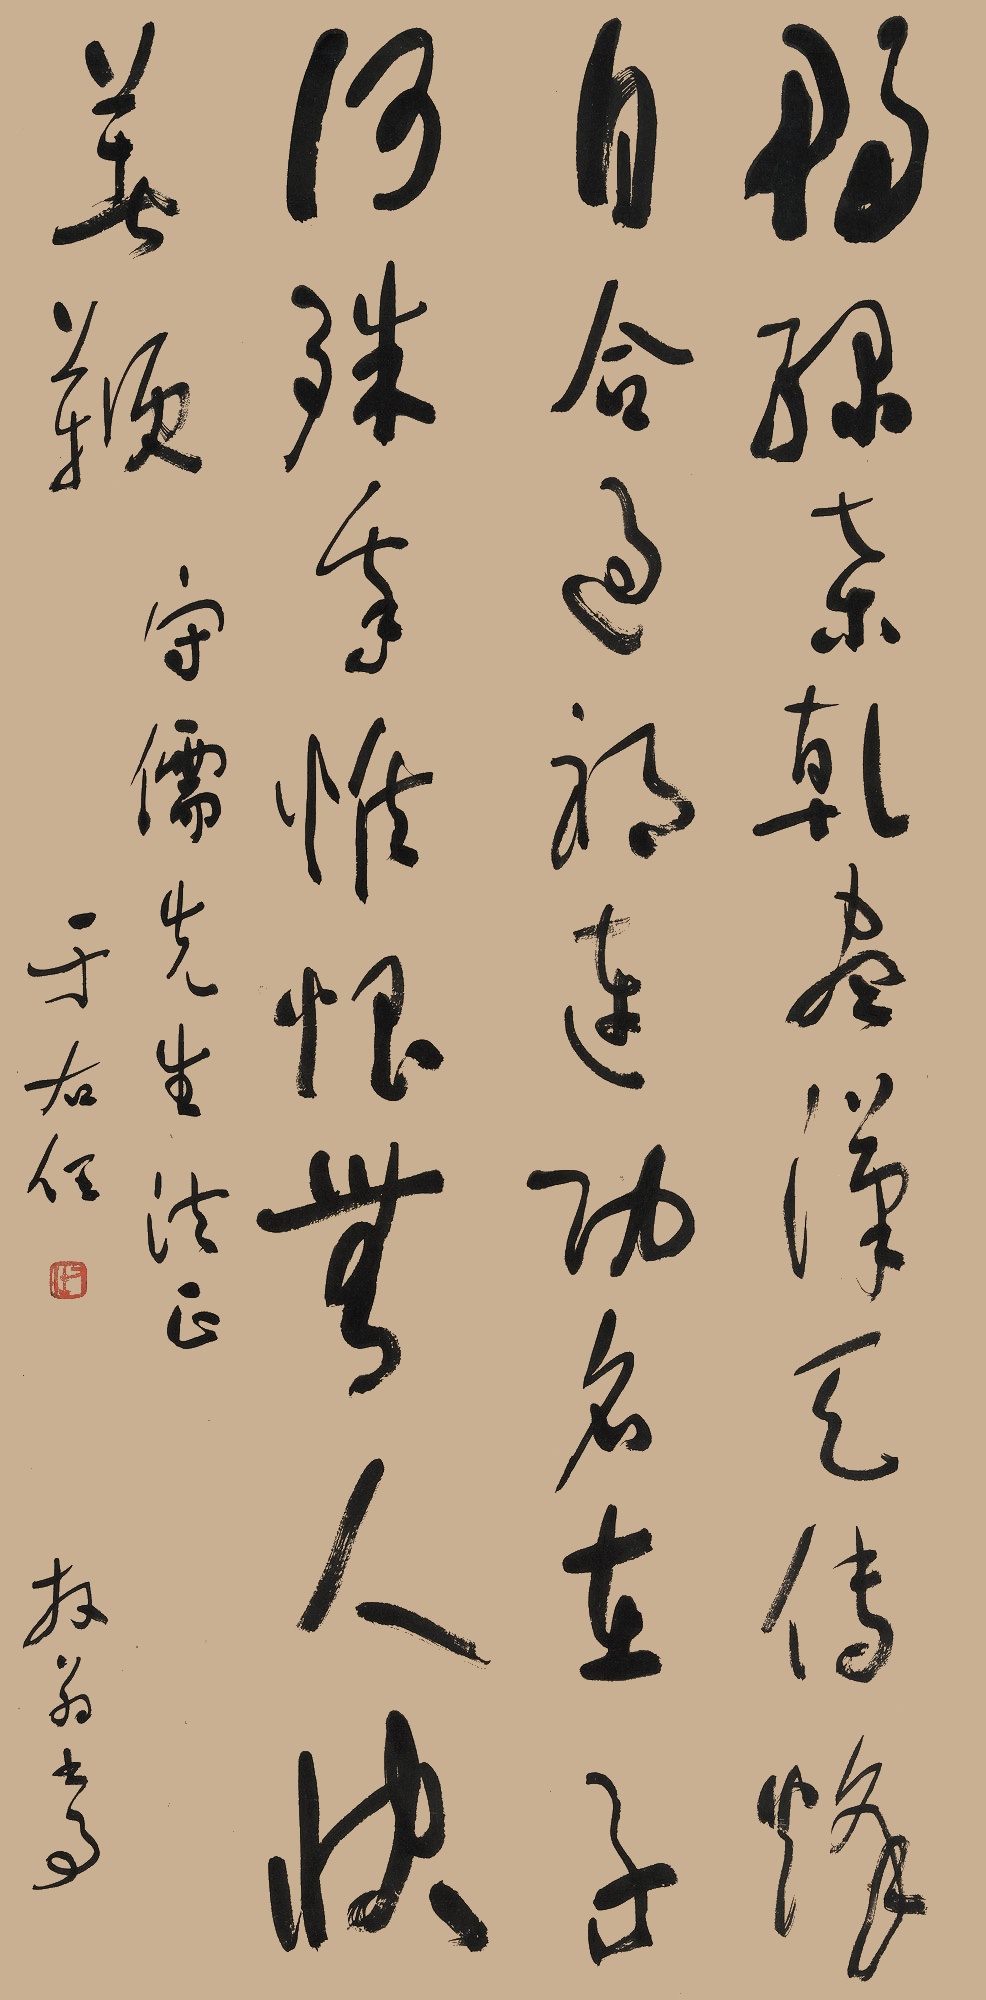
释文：鸭绿桑干尽汉天
传烽自合过祁连
功名在子何殊我
惟恨无人快著鞭放翁诗。守儒先生法正。于右任。